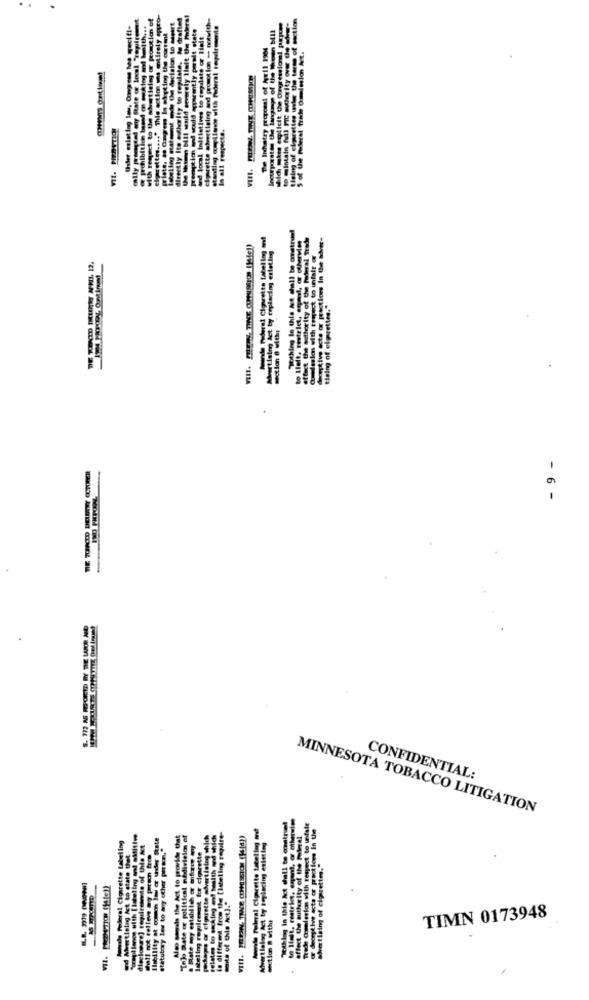
to maintain fall FIC noterity over the she
The Inhatry proposal of hull 1904
tiain of ciarettes under the ta
all respec
--
rette
nothing in this Act dall be aratrust
affect the mosthority of the Poweral Trade
deceptive acte or practions in the sher-
Muertising act by replacing ertatingj
to Llett, restrict, ement, or otherwien
a-lelas with tempest to unfalt @
theing of elgrettes."
section 8 with:
- 9 -
CONFIDENTIAL:
MINNESOTA TOBACCO LITIGATION
nothing In the Act cheil to construed
to Ifait, restrict, ement, or otherwie
Trade Comalesion with respect to unfale
a deceptive acte or practices in the
Coral lanoe with [leheting and sMitiw
Ilmbility at comon Its or under State
Also sends the Act to provide that
"Thij Rate or political nédivision of
or cigrette advertising shich
different from the [labeling require-
Dowie Teleral Cigarette tabel ing av
affect the authority of the poimal
Apodle Federal Cigarette Labeling
dieciopre] regifrente of this Mt
statutory law to any other perez,"
Blatt my establish er miforce ny
deling repiltenme for cigarette
Avertialog Act by replacing existing
aid Muertising Act to state the
shvertising of cigarettes."
H.R. 3019 (0.000)
write of this Act].
section @ witht
TIMN 0173948
VII.